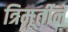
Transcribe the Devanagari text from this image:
त्रिमूर्तीने